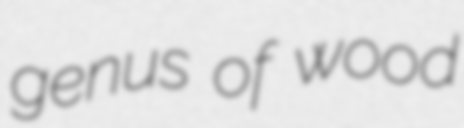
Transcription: genus of wood